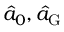
\hat { a } _ { 0 } , \hat { a } _ { \mathrm { G } }